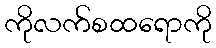
ကိုလက်စထရောကို